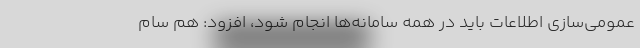
عمومی‌سازی اطلاعات باید در همه سامانه‌ها انجام شود، افزود: هم سام